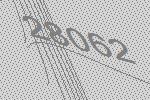
28062